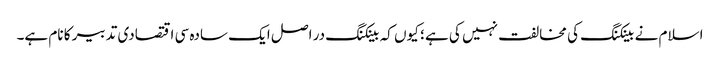
اسلام نے بینکنگ کی مخالفت نہیں کی ہے ؛ کیوں کہ بینکنگ در اصل ایک سادہ سی اقتصادی تدبیر کا نام ہے۔